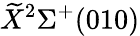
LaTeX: \widetilde{X}{}^{2}\Sigma^{+}(010)